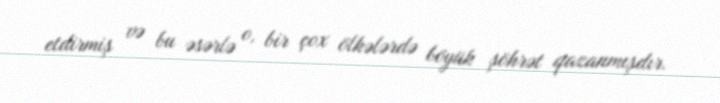
etdirmiş və bu əsərlə o, bir çox ölkələrdə böyük şöhrət qazanmışdır.